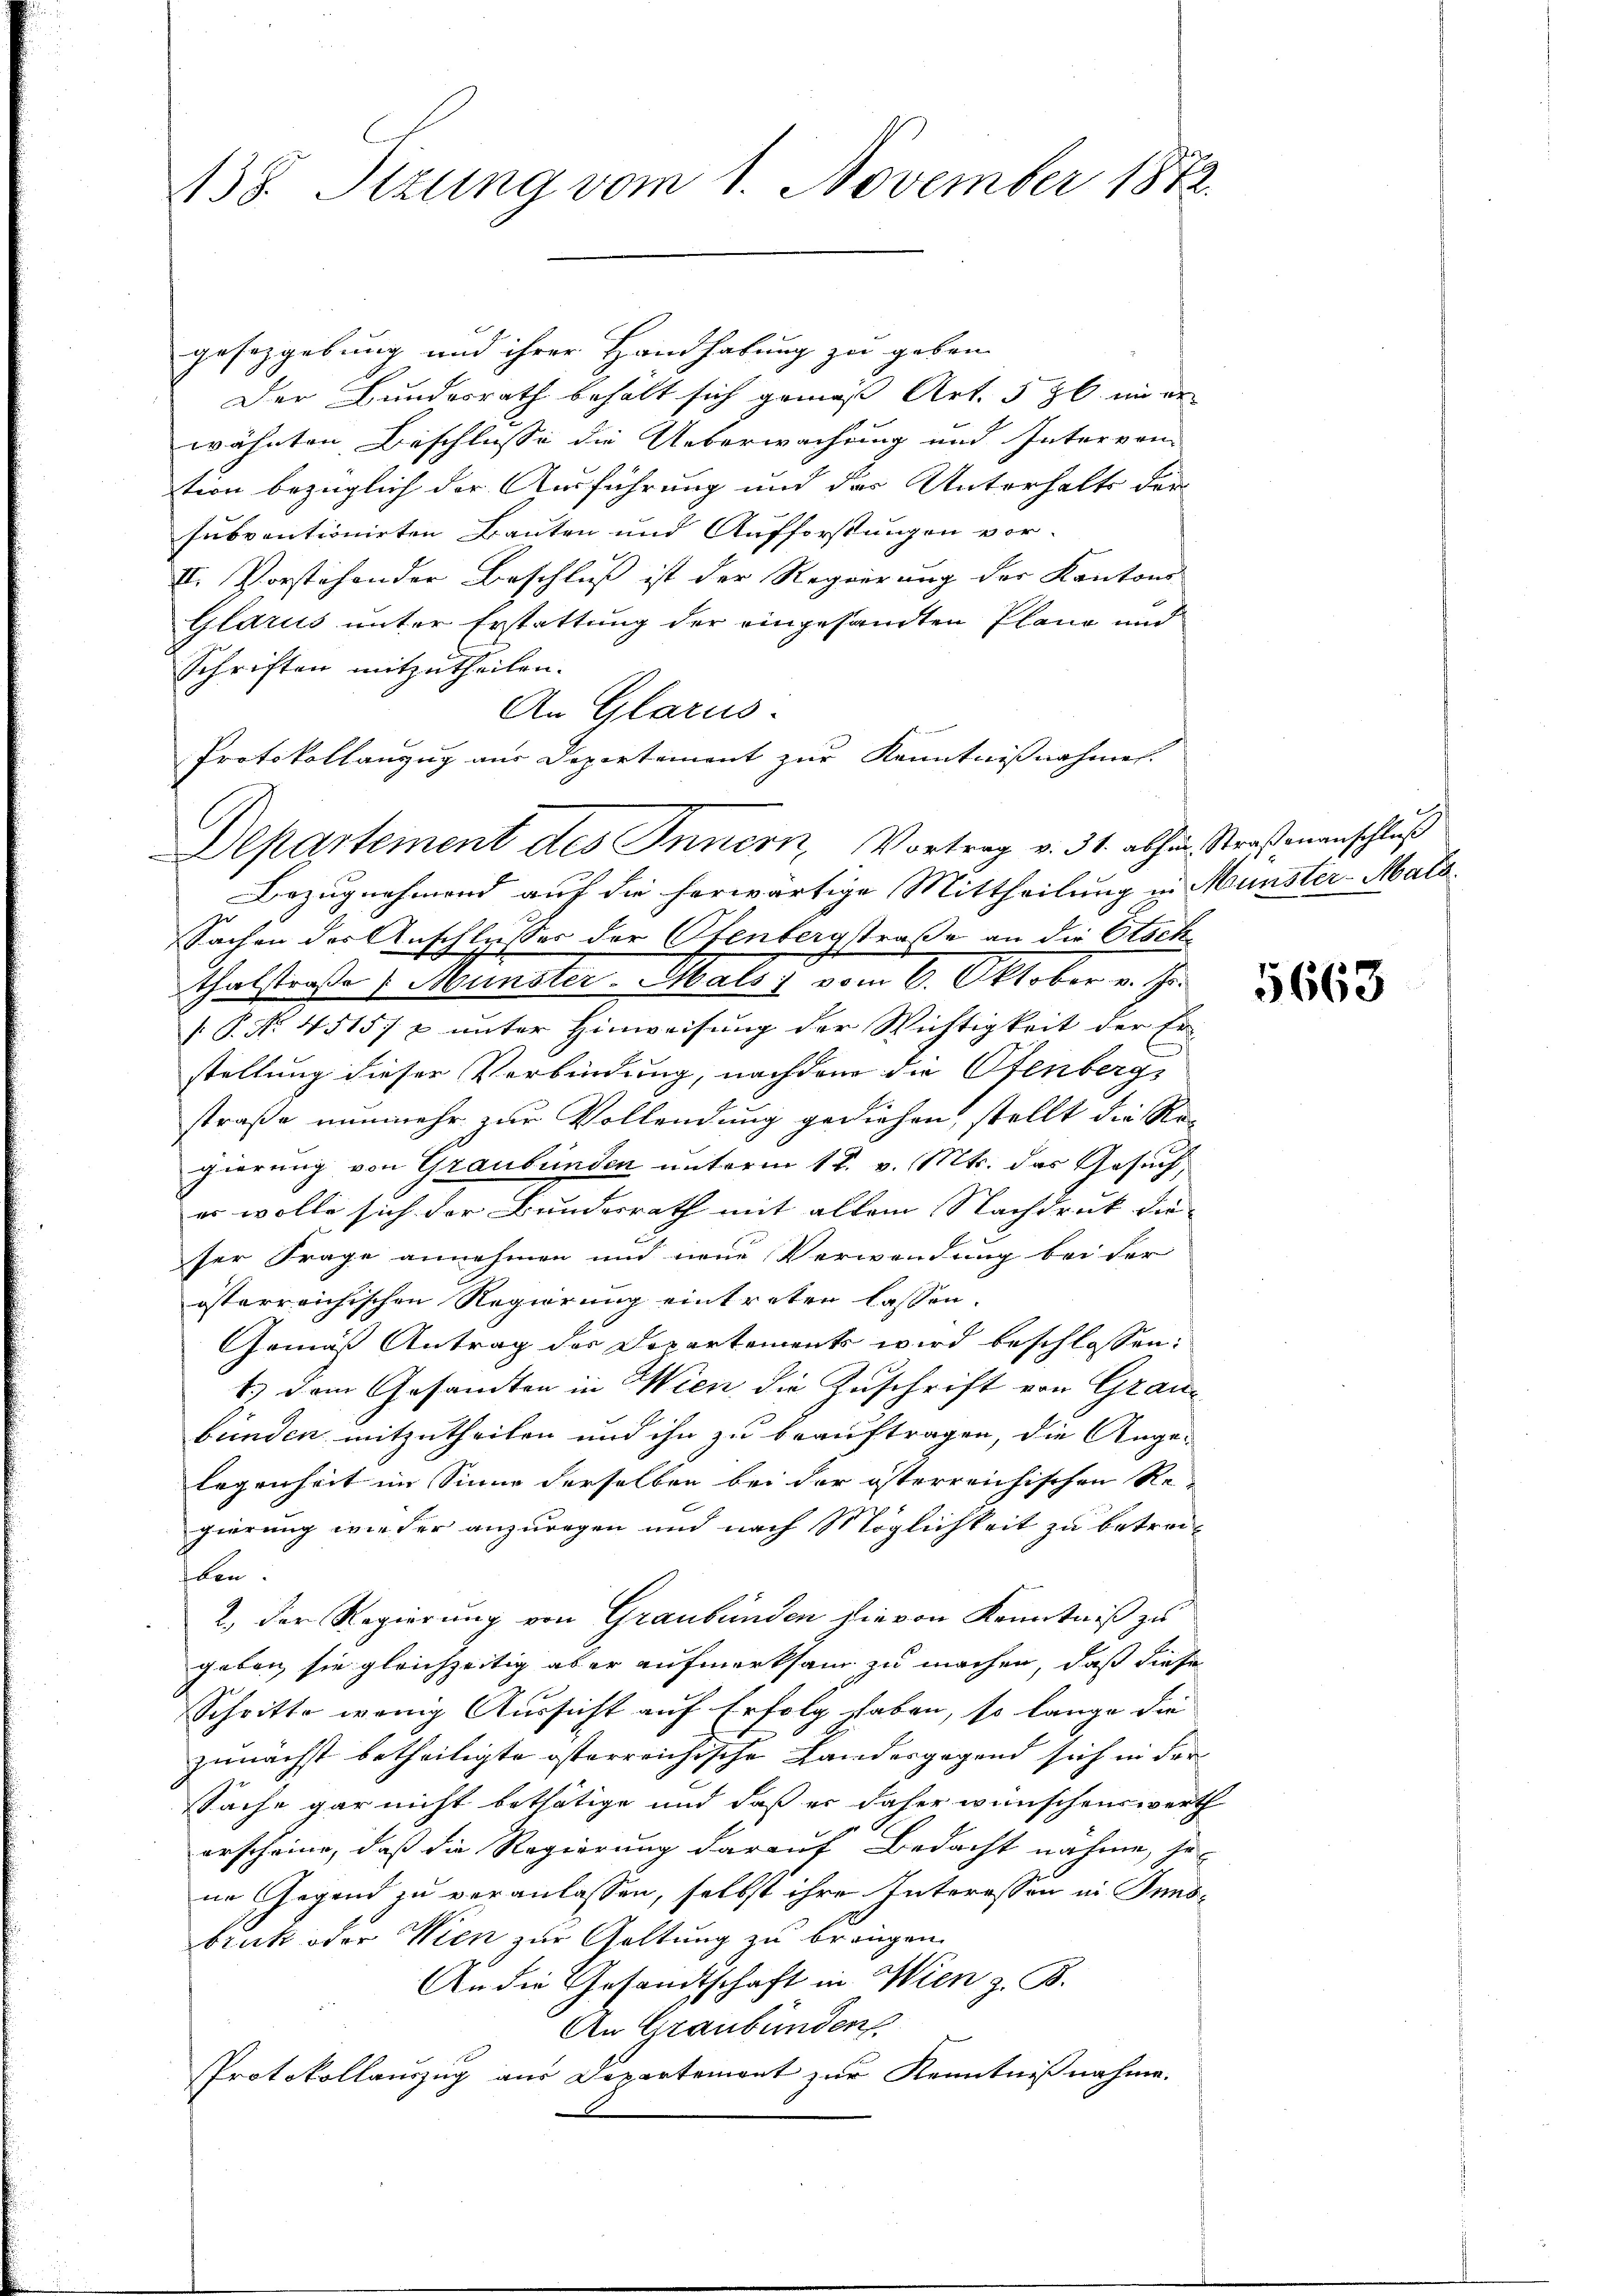
438. Sizung vom 1. November 1872.

gesetzgebung und ihrer Handhabung zu geben.
Der Bundesrath behält sich gemäß Art. 586. in er
wähnten Beschlusse die Ueberwachung und Intervon
tion bezüglich der Ausführung und der Unterhalts der
subventionirten Bauten und Aufforstungen vor-
II. Vorstehender Beschluß ist der Regierung der Kantons
Glarus unter Erstattung der eingesandten Plang und
Schriften mitzutheilen.
An Glarus.
Protokollanzug aus Departement zur Kenntnißnahmen.
Bezugnahmend auf die herwärtige Mittheilung in Münster-Mataflusser der Ofenbergstraße an die Etsch
Sachen der Auf
Thalstraße 1. Münster Males vom 6. Oktober v. Js.
 P. Nr. 4515/ & unter Hinweisung der Wichtigkeit der Er
stellung dieser Verbindung, nachdem die Ofenbergs
straße nunmehr zur Vollendung gediehen, stellt die Re-
gierung von Graubünden unterm 18. v. Mts. das Gesuch,
er wolle sich der Bundesrath mit allem Nachdruk die- |
ser Frage annehmen und neue Verwendung bei der
österreichischen Regierung eintreten lassen.
Gemäß Antrag der Departements wird beschlossen:
1) dem Gesandten in Wien die Zuschrift von Graubünden mitzutheilen und ihn zu beauftragen, die Ange-
legenheit im Sinne derselben bei der österreichischen Regierung wieder anzuragen und nach Möglichkeit zu betreiben.
2. Der Regierung von Graubünden hievon Kenntniß zu
geben sie gleichzeitig aber aufmerksam zu machen, daß diese
Schritte wenig Aussicht auf Erfolg haben, so lange die
zunächst betheiligte österreichische Landesgegend sich in der
Sache gar nicht bethätige und daß er daher wünschenswerth
erscheine, daß die Regierung darauf Bedacht nahme, je
ne Gegend zu veranlassen, selbst ihre Interessen in Innsbruck oder Wien zur Gattung zu bringen.
An die Gesandtschaft in Wien z. B.
An Graubünden.
Protokollauszug aus Departement zur Kenntnißnahme.

Departement des Innern, Vortrag v. 31. abhin Straßenanschluß

5663